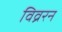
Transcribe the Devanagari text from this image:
विव्ररन